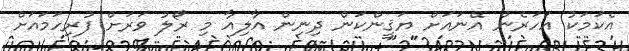
އެކަމަކު އަހަރެން އޭނައަށް ޔަޤީންކަން ދިނިން އާލިއާ މި ރޯލު ވަރަށް ފުރިހަމައަށް